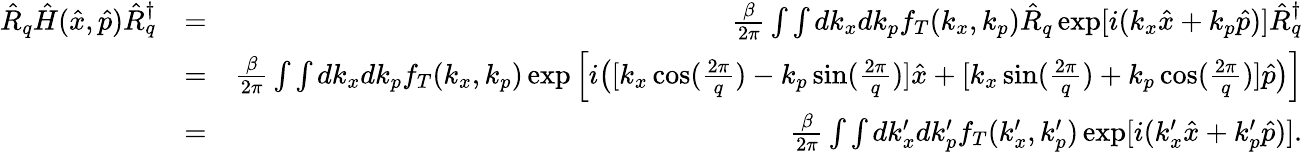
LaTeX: \begin{array}{rlr}{\hat{R}_{q}\hat{H}(\hat{x},\hat{p})\hat{R}_{q}^{\dagger}}&{=}&{\frac{\beta}{2\pi}\int\int dk_{x}dk_{p}f_{T}(k_{x},k_{p})\hat{R}_{q}\exp[i(k_{x}\hat{x}+k_{p}\hat{p})]\hat{R}_{q}^{\dagger}}\\ &{=}&{\frac{\beta}{2\pi}\int\int dk_{x}dk_{p}f_{T}(k_{x},k_{p})\exp\Big[i\big([k_{x}\cos(\frac{2\pi}{q})-k_{p}\sin(\frac{2\pi}{q})]\hat{x}+[k_{x}\sin(\frac{2\pi}{q})+k_{p}\cos(\frac{2\pi}{q})]\hat{p}\big)\Big]}\\ &{=}&{\frac{\beta}{2\pi}\int\int dk_{x}^{\prime}dk_{p}^{\prime}f_{T}(k_{x}^{\prime},k_{p}^{\prime})\exp[i(k_{x}^{\prime}\hat{x}+k_{p}^{\prime}\hat{p})].}\end{array}